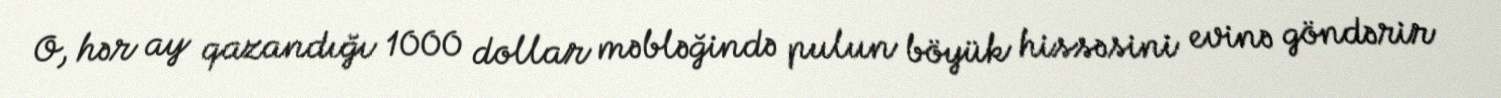
O, hər ay qazandığı 1000 dollar məbləğində pulun böyük hissəsini evinə göndərir